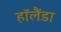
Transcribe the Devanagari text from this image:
हॉलैंडा